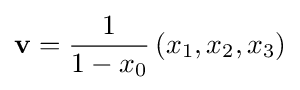
\mathbf {v} ={\frac {1}{1-x_{0}}}\left(x_{1},x_{2},x_{3}\right)